Indian journal of veterinary science and animal husbandry - Volumes 28-29, 1958-1959
Year: 1958
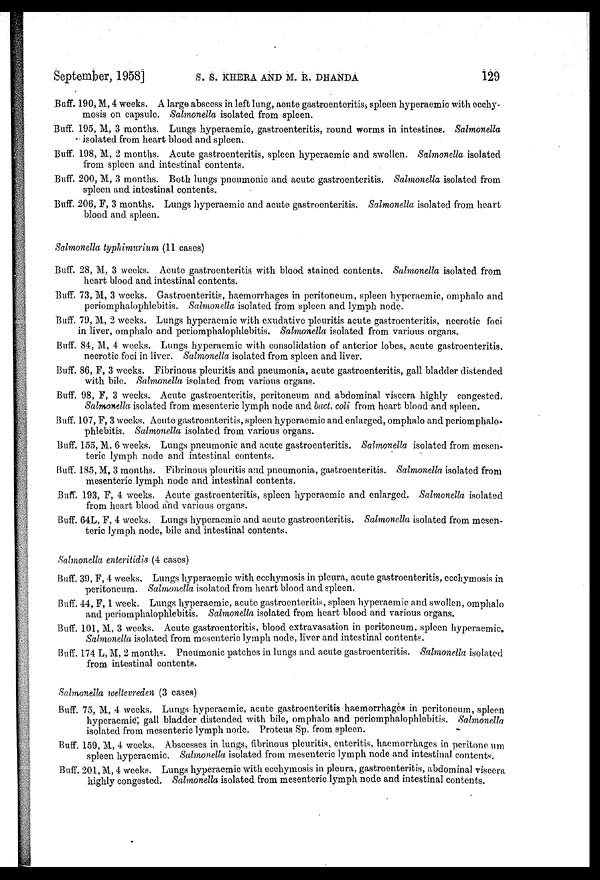
September, 1958]
S.S.
KHERA
AND
M.R.
DHANDA
1.29
Buff. 190, M, 4 weeks. A large abscess in left lung, acute gastroenteritis, spleen hyperaemic with ecchy-
mosis on capsule. Salmonella isolated from spleen.
Buff. 195, M, 3 months. Lungs hyperaemic, gastroenteritis, round worms in intestines. Salmonella
isolated from heart blood and spleen.
Buff. 198, M, 2 months. Acute gastroenteritis, spleen hyperaemic and swollen. Salmonella isolated
from spleen and intestinal contents.
Buff. 200, M, 3 months. Both lungs pneumonic and acute gastroenteritis. Salmonella isolated from
spleen and intestinal contents.
Buff. 206, F, 3 months. Lungs hyperaemic and acute gastroenteritis. Salmonella isolated from heart
blood and spleen.
Salmonella typhimurium (11 cases)
Buff. 28, M, 3 weeks. Acute gastroenteritis with blood stained contents. Salmonella isolated from
heart blood and intestinal contents.
Buff. 73, M, 3 weeks. Gastroenteritis, haemorrhages in peritoneum, spleen hyperaemic, omphalo and
periomphalophlebitis. Salmonella isolated from spleen and lymph node.
Buff. 79, M, 2 weeks. Lungs hyperaemic with exudative pleuritis acute gastroenteritis, necrotic foci
in liver, omphalo and periomphalophlebitis. Salmonella isolated from various organs.
Buff. 84, M, 4 weeks. Lungs hyperaemic with consolidation of anterior lobes, acute gastroenteritis,
necrotic foci in liver. Salmonella isolated from spleen and liver.
Buff. 86, F, 3 weeks. Fibrinous pleuritis and pneumonia, acute gastroenteritis, gall bladder distended
with bile. Salmonella isolated from various organs.
Buff. 98, F, 3 weeks. Acute gastroenteritis, peritoneum and abdominal viscera highly congested.
Salmonella isolated from mesenteric lymph node and bact. coli from heart blood and spleen.
Buff. 107, F, 3 weeks. Acute gastroenteritis, spleen hyperaemic and enlarged, omphalo and periomphalo-
phlebitis. Salmonella isolated from various organs.
Buff. 155, M, 6 weeks. Lungs pneumonic and acute gastroenteritis. Salmonella isolated from mesen-
teric lymph node and intestinal contents.
Buff. 185, M, 3 months. Fibrinous pleuritis and pneumonia, gastroenteritis. Salmonella isolated from
mesenteric lymph node and intestinal contents.
Buff. 193, F, 4 weeks. Acute gastroenteritis, spleen hyperaemic and enlarged. Salmonella isolated
from heart blood and various organs.
Buff. 64L, F, 4 weeks. Lungs hyperaemic and acute gastroenteritis. Salmonella isolated from mesen-
teric lymph node, bile and intestinal contents.
Salmonella enteritidis (4 cases)
Buff. 39, F, 4 weeks. Lungs hyperaemic with ecchymosis in pleura, acute gastroenteritis, ecchymosis in
peritoneum. Salmonella isolated from heart blood and spleen.
Buff. 44, F, 1 week. Lungs hyperaemic, acute gastroenteritis, spleen hyperaemic and swollen, omphalo
and periomphalophlebitis. Salmonella isolated from heart blood and various organs.
Buff. 101, M, 3 weeks. Acute gastroenteritis, blood extravasation in peritoneum, spleen hyperaemic.
Salmonella isolated from mesenteric lymph node, liver and intestinal contents.
Buff. 174 L, M, 2 months. Pneumonic patches in lungs and acute gastroenteritis. Salmonella isolated
from intestinal contents.
Salmonella weltevreden (3 cases)
Buff. 75, M, 4 weeks. Lungs hyperaemic, acute gastroenteritis haemorrhages in peritoneum, spleen
hyperaemic; gall bladder distended with bile, omphalo and periomphalophlebitis. Salmonella
isolated from mesenteric lymph node. Proteus Sp. from spleen.
Buff. 159, M, 4 weeks. Abscesses in lungs, fibrinous pleuritis, enteritis, haemorrhages in peritone um
spleen hyperaemic. Salmonella isolated from mesenteric lymph node and intestinal contents.
Buff. 201, M, 4 weeks. Lungs hyperaemic with ecchymosis in pleura, gastroenteritis, abdominal viscera
highly congested. Salmonella isolated from mesenteric lymph node and intestinal contents.